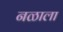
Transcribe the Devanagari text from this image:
नळाला